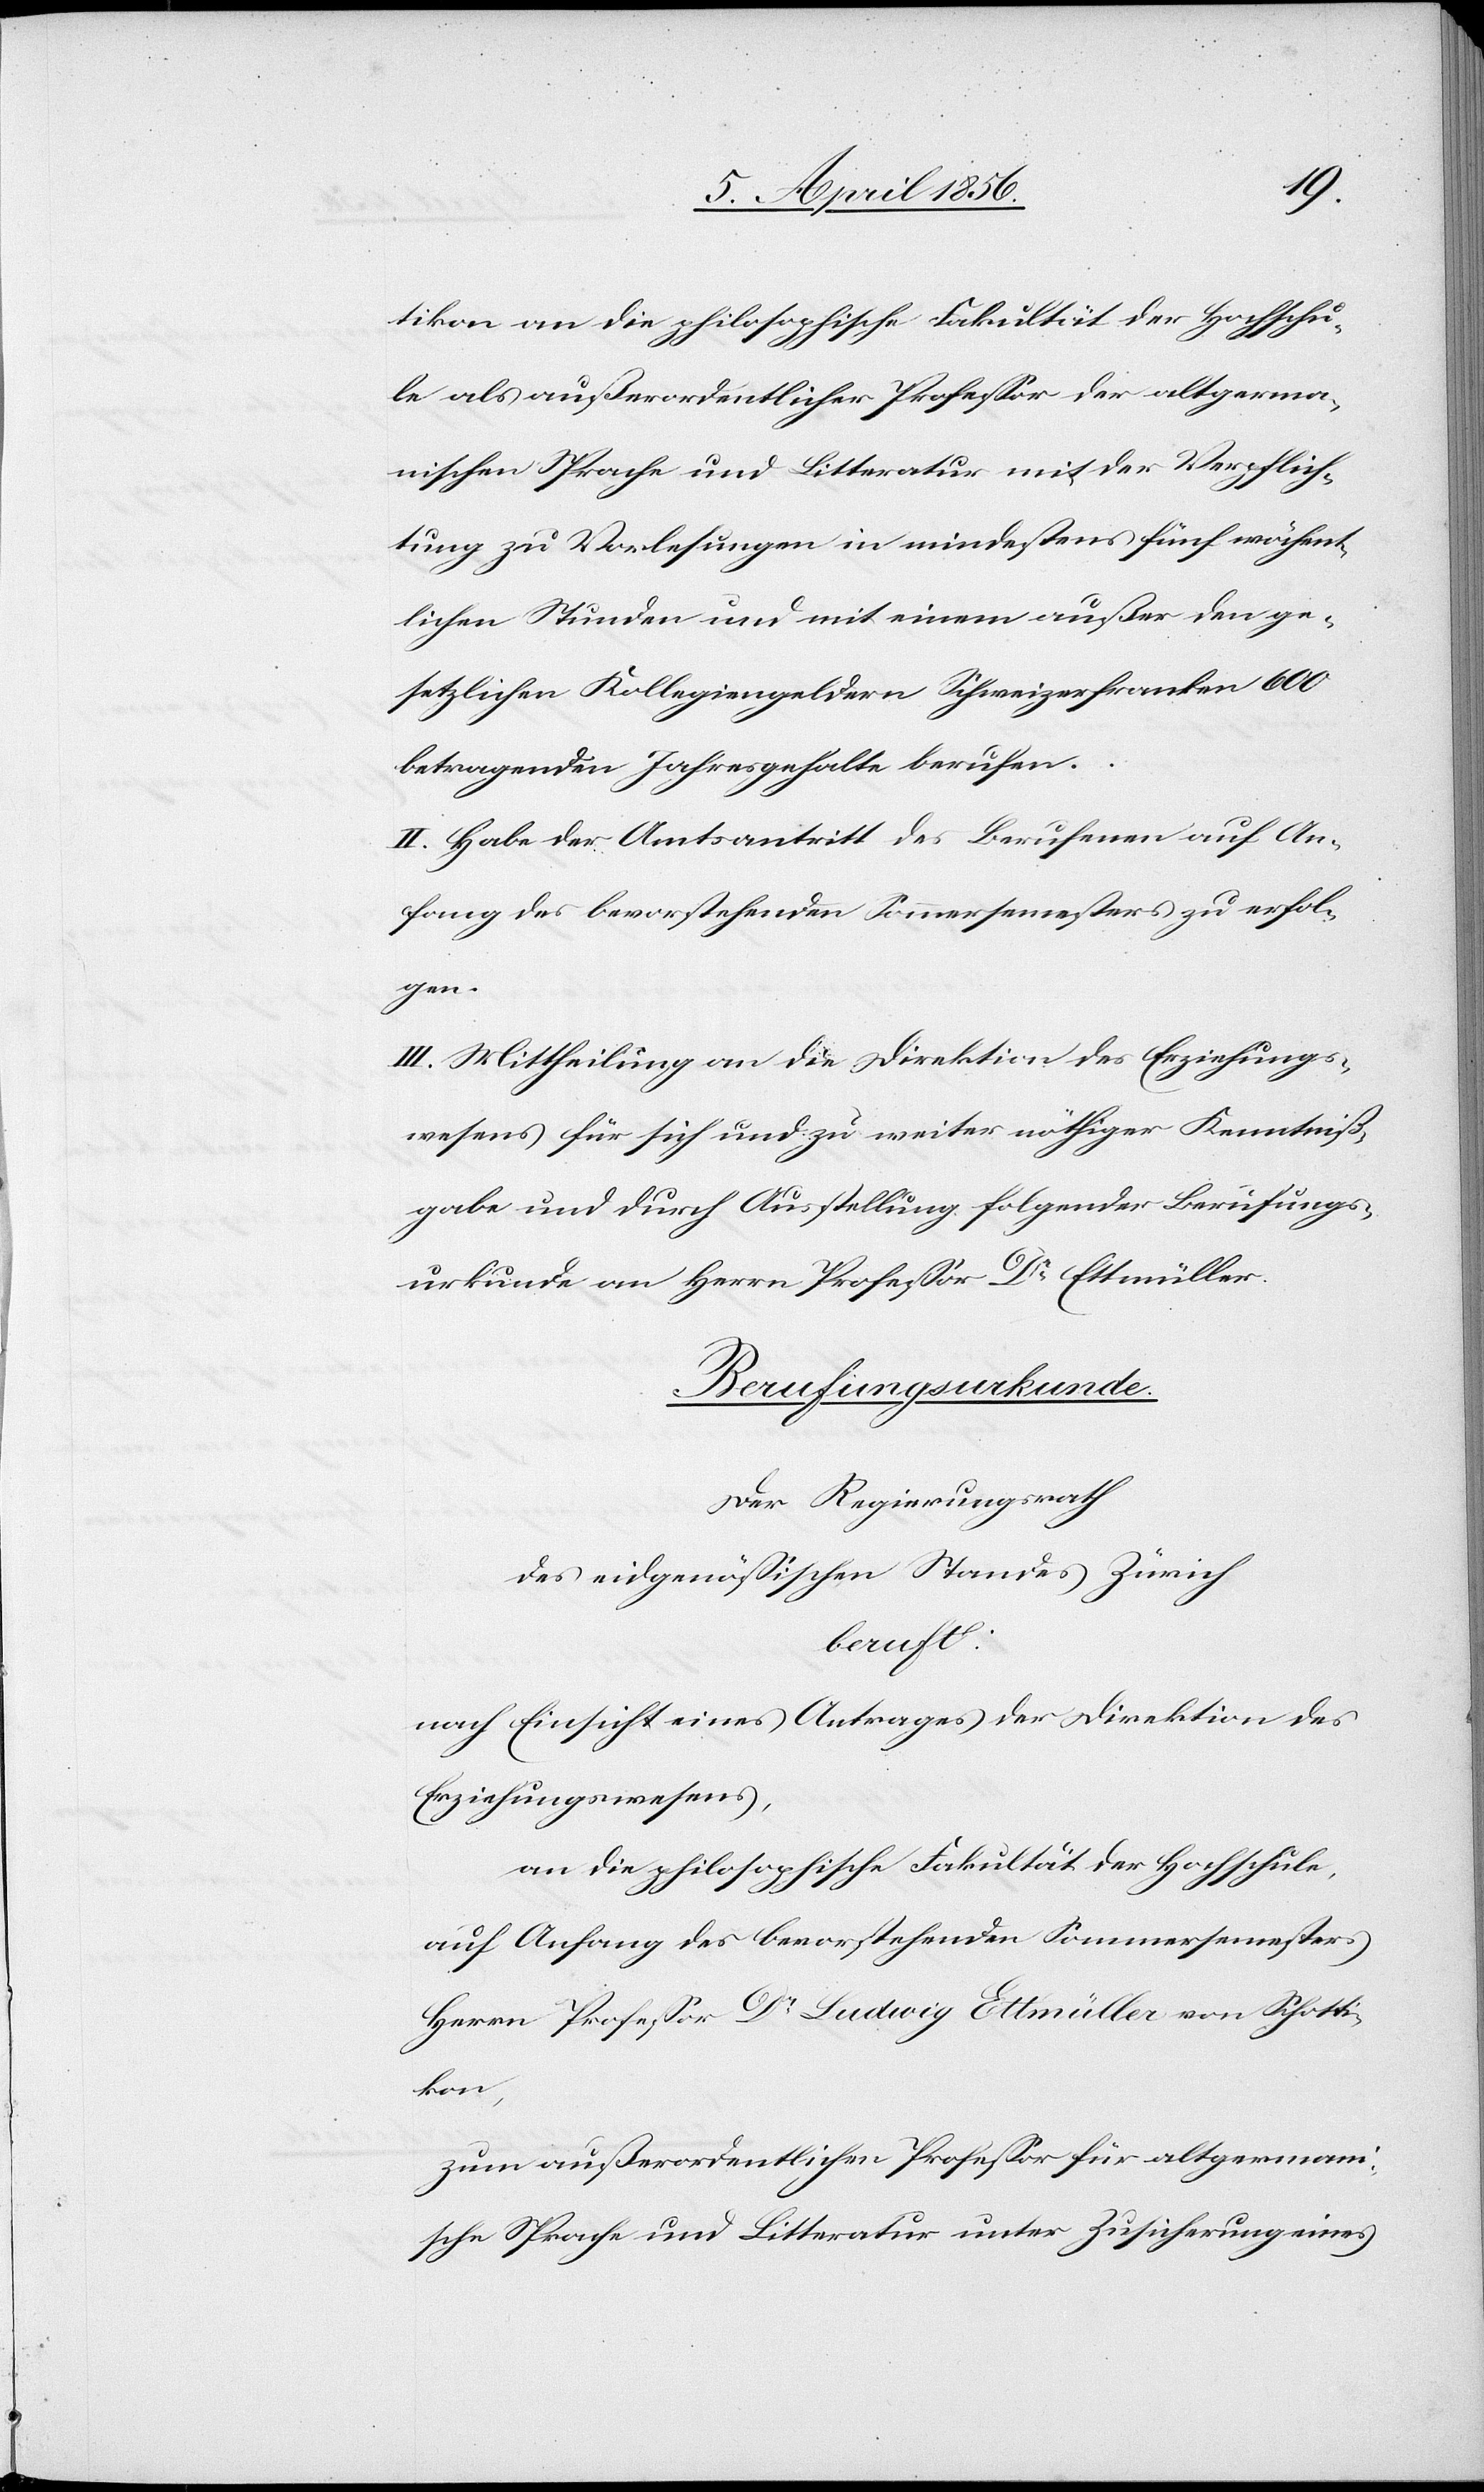
tikon an die philosophische Fakultät der Hochschu¬
le als außerordentlicher Professor der altgerma¬
nischen Sprache und Litteratur mit der Verpflich¬
tung zu Vorlesungen in mindestens fünf wöchent¬
lichen Stunden und mit einem außer den ge¬
setzlichen Kollegiengeldern Schweizerfranken 600
betragenden Jahresgehalte berufen.
II. Habe der Amtsantritt des Berufenen auf An¬
fang des bevorstehenden Sommersemesters zu erfol¬
gen.
III. Mittheilung an die Direktion des Erziehungs¬
wesens für sich und zu weiter nöthiger Kenntniß¬
gabe und durch Ausstellung folgender Berufungs¬
urkunde an Herrn Professor Dr Ettmüller.
Berufungsurkunde
Der Regierungsrath
des eidgenössischen Standes Zürich
beruft:
Nach Einsicht eines Antrages der Direktion des
Erziehungswesens,
an die philosophische Fakultät der Hochschule
auf Anfang des bevorstehenden Sommersemesters
Herrn Professor Dr Ludwig Ettmüller von Schotti¬
kon,
zum außerordentlichen Professor für altgermani¬
sche Sprache und Litteratur unter Zusicherung eines